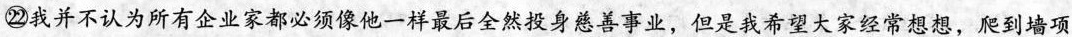
㉒我并不认为所有企业家都必须像他一样最后全然投身慈善事业，但是我希望大家经常想想，到到墙项